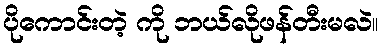
ပိုကောင်းတဲ့ ကို ဘယ်လိုဖန်တီးမလဲ။